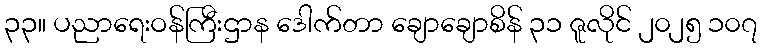
၃၃။ ပညာရေးဝန်ကြီးဌာန ဒေါက်တာ ချောချောစိန် ၃၁ ဇူလိုင် ၂၀၂၅ ၁၀၇